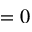
= 0